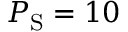
P _ { \mathrm { S } } = 1 0